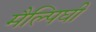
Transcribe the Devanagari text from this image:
मैल्पिघी